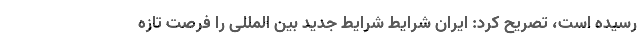
رسیده است، تصریح کرد: ایران شرایط شرایط جدید بین المللی را فرصت تازه